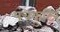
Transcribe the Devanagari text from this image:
पंचकुटिर